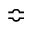
\Bumpeq